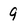
Character: 9